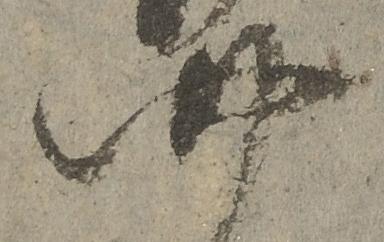
四